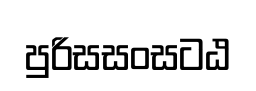
පුරිසසංසටඨ